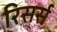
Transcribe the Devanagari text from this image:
रिसर्स